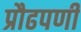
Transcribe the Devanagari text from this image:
प्रौढपणी